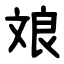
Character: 斏